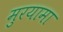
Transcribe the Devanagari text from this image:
मुरयामा